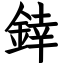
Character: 﨨